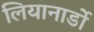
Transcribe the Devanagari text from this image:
लियानार्डो